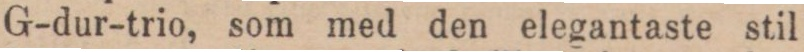
G-dur-trio, som med den elegantaste stil